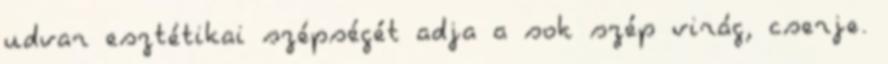
udvar esztétikai szépségét adja a sok szép virág, cserje.